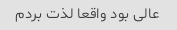
عالی بود واقعا لذت بردم